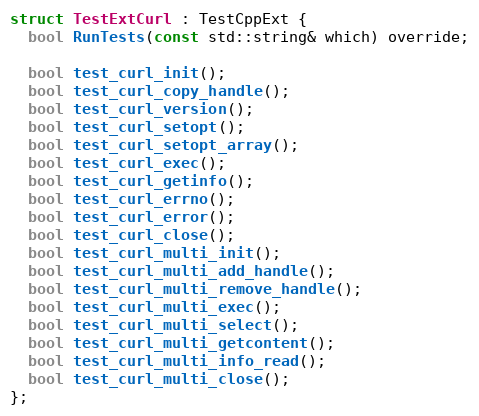
Language: C
struct TestExtCurl : TestCppExt {
  bool RunTests(const std::string& which) override;

  bool test_curl_init();
  bool test_curl_copy_handle();
  bool test_curl_version();
  bool test_curl_setopt();
  bool test_curl_setopt_array();
  bool test_curl_exec();
  bool test_curl_getinfo();
  bool test_curl_errno();
  bool test_curl_error();
  bool test_curl_close();
  bool test_curl_multi_init();
  bool test_curl_multi_add_handle();
  bool test_curl_multi_remove_handle();
  bool test_curl_multi_exec();
  bool test_curl_multi_select();
  bool test_curl_multi_getcontent();
  bool test_curl_multi_info_read();
  bool test_curl_multi_close();
};